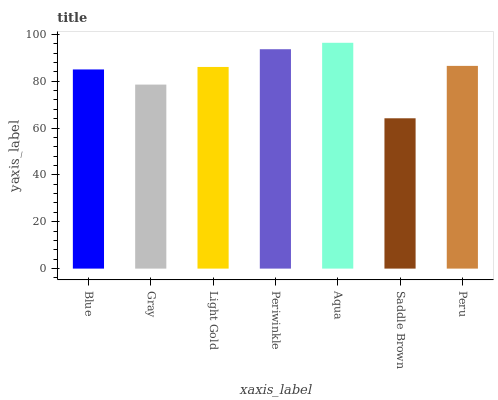
| xaxis_label | bars |
 | --- | --- |
 | Blue | 85 |
 | Gray | 78.5 |
 | Light Gold | 86.1 |
 | Periwinkle | 93.6 |
 | Aqua | 96.4 |
 | Saddle Brown | 64.2 |
 | Peru | 86.5 |